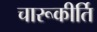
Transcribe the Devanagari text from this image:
चारूकीर्ति